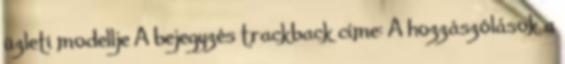
üzleti modellje A bejegyzés trackback címe: A hozzászólások a